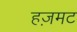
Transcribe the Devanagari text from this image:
हज़मट